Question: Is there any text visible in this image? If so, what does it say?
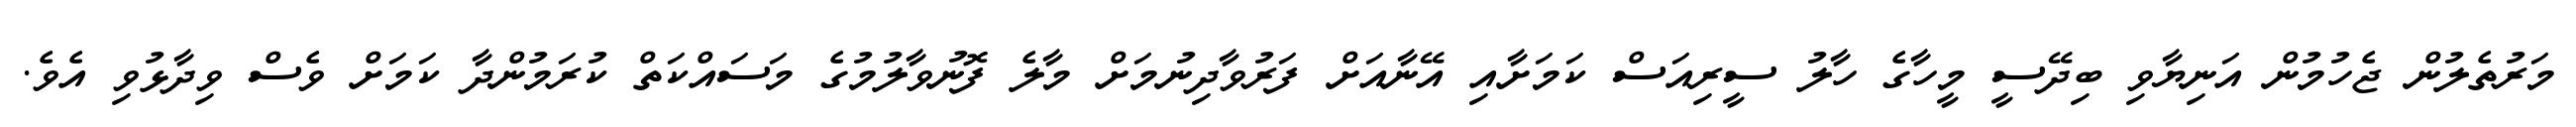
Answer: މަރުތެލުން ޖެހުމުން އަނިޔާވި ބިދޭސީ މީހާގެ ހާލު ސީރިއަސް ކަމަށާއި އޭނާއަށް ފަރުވާދިނުމަށް މާލެ ފޮނުވާލުމުގެ މަސައްކަތް ކުރަމުންދާ ކަމަށް ވެސް ވިދާޅުވި އެވެ.